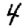
Digit: 4